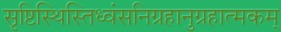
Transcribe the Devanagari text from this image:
सृष्टिस्थिस्तिध्वंसनिग्रहानुग्रहात्मकम्